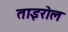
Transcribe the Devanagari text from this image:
ताइरोल